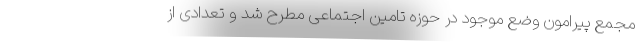
مجمع پیرامون وضع موجود در حوزه تامین اجتماعی مطرح شد ‌و تعدادی از